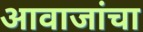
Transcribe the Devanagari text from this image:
आवाजांचा